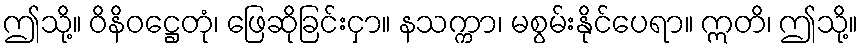
ဤသို့။ ဝိနိဝဋ္ဌေတုံ၊ ဖြေဆိုခြင်းငှာ။ နသက္ကာ၊ မစွမ်းနိုင်ပေရာ။ ဣတိ၊ ဤသို့။